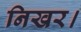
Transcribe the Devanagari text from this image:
निखर।